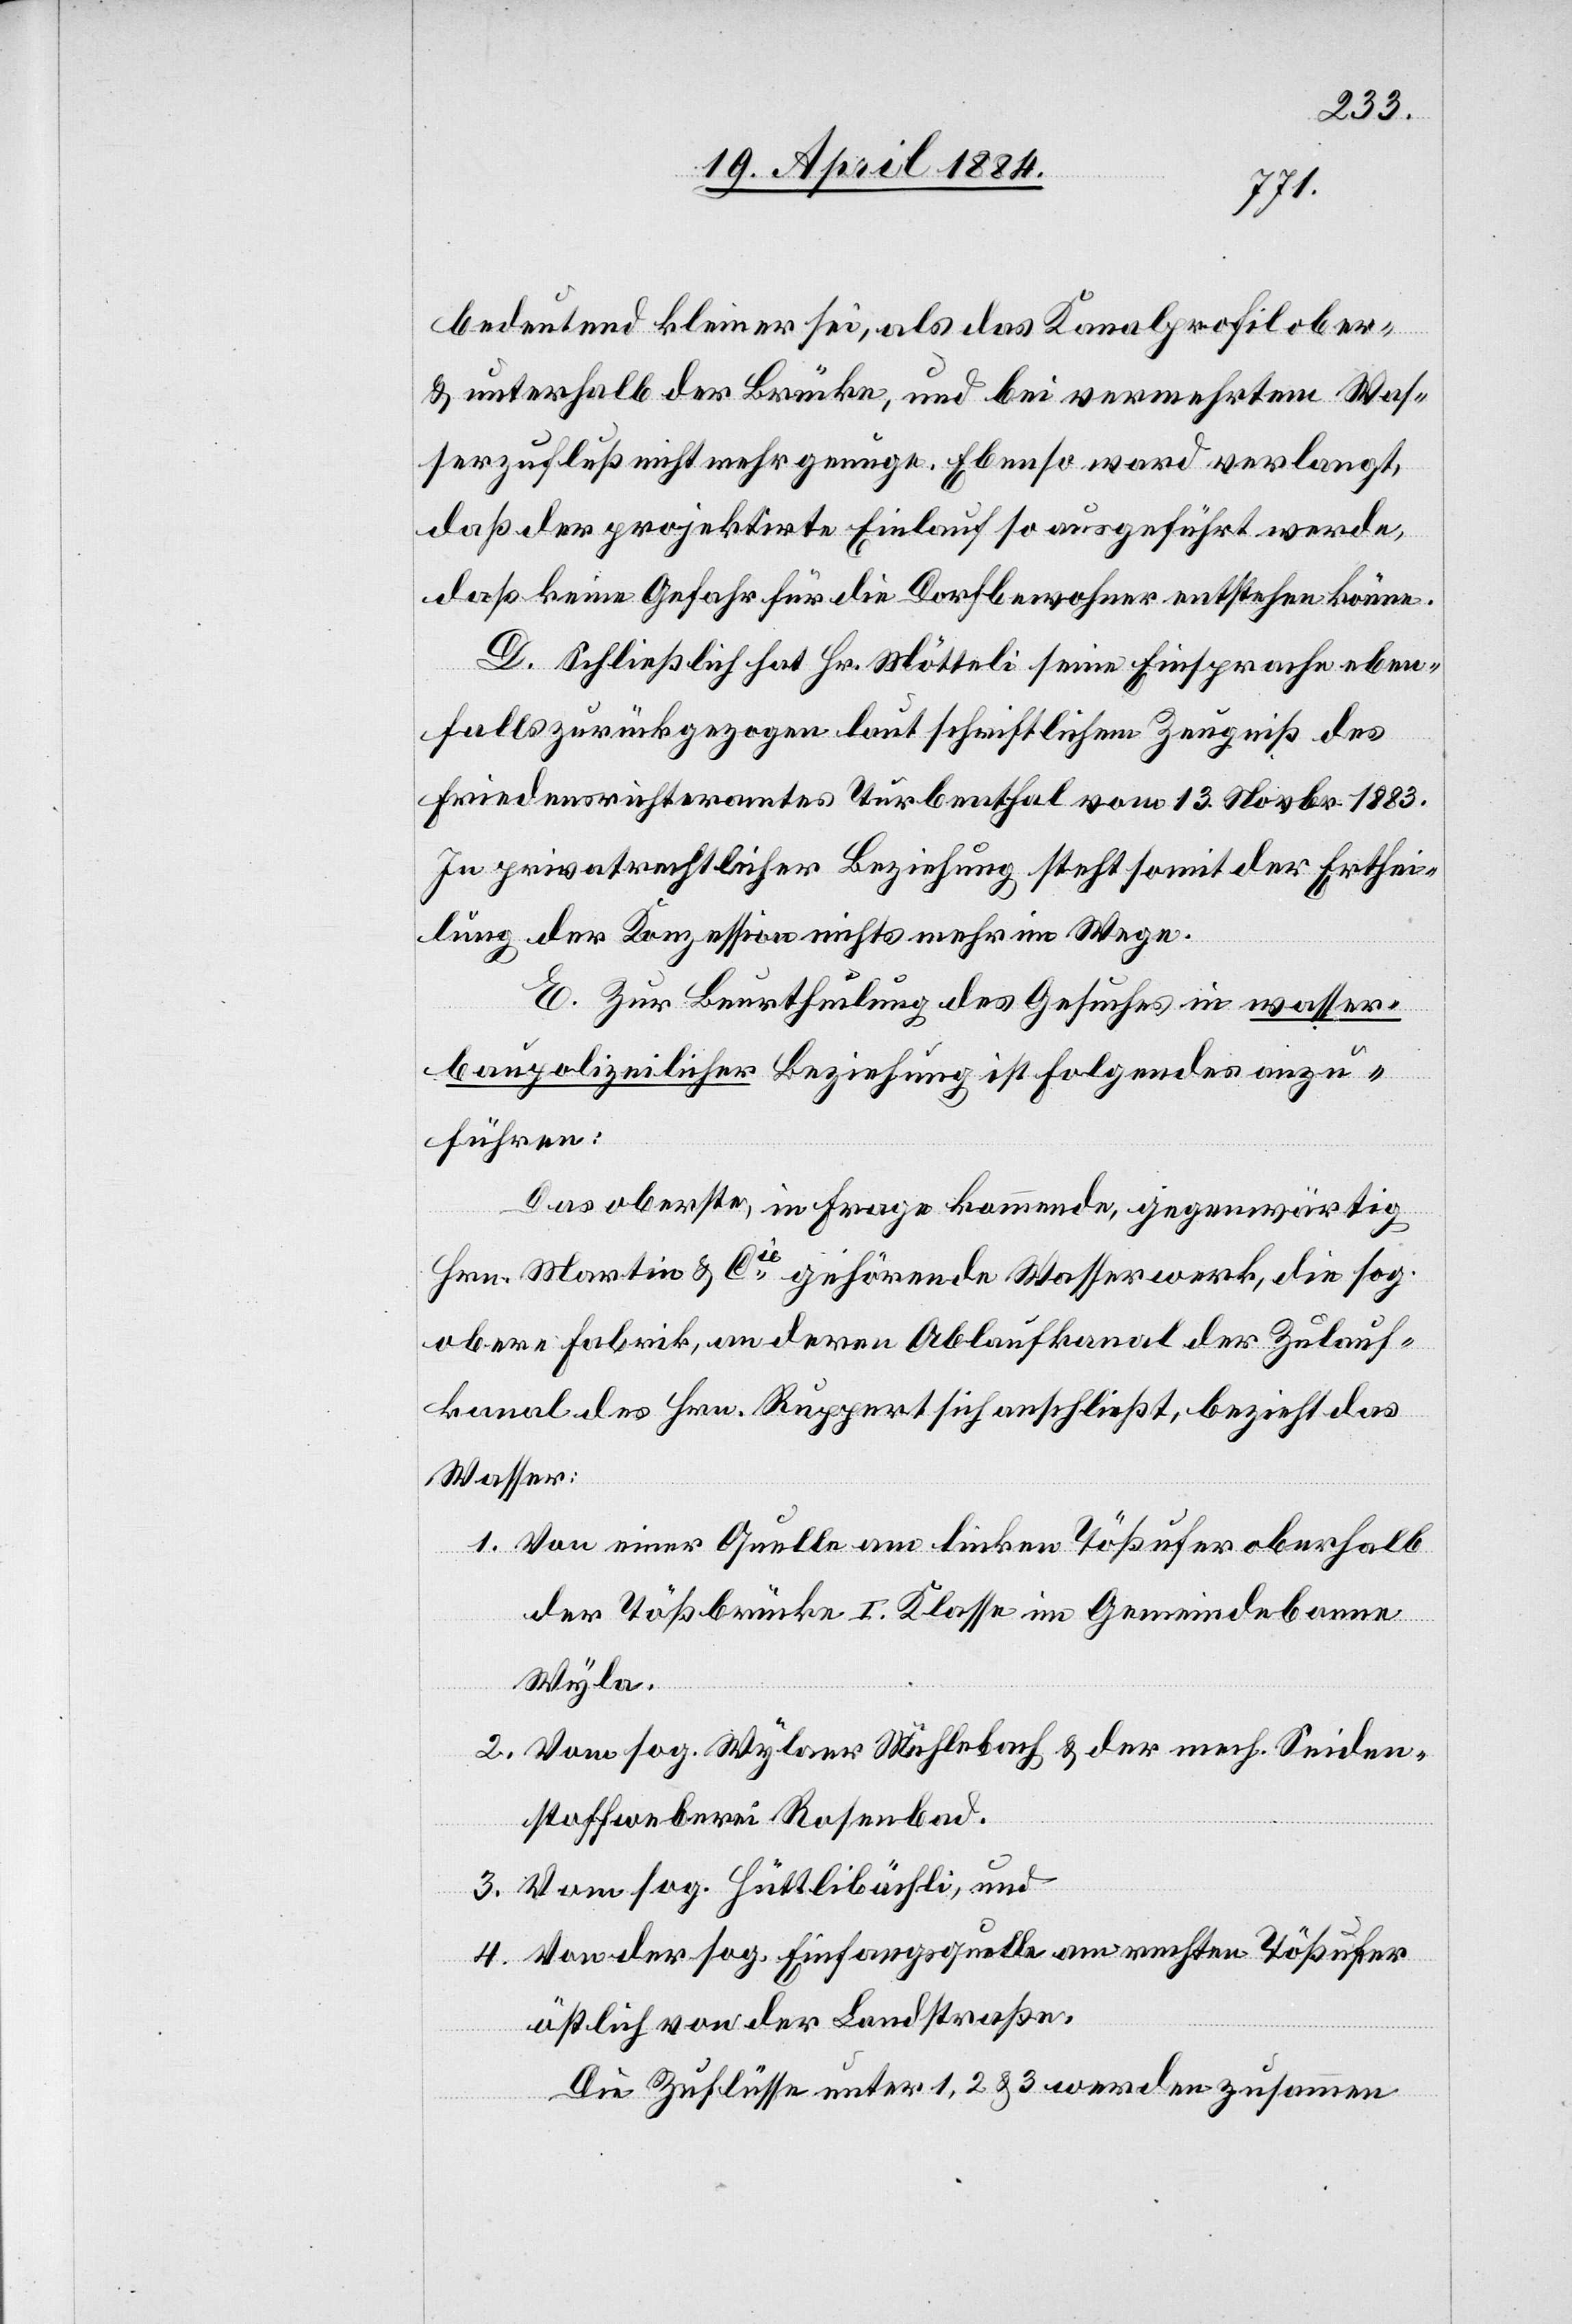
bedeutend kleiner sei, als das Kanalprofil ober-
& unterhalb der Brücke, und bei vermehrtem Was¬
serzufluß nicht mehr genüge. Ebenso ward verlangt,
daß der projektirte Einlauf so ausgeführt werde,
daß keine Gefahr für die Dorfbewohner entstehen werde.
D. Schließlich hat Hr. Mötteli seine Einsprache eben¬
falls zurückgezogen laut schriftlichem Zeugniß des
Friedensrichteramtes Turbenthal vom 13. Novbr. 1883.
In privatrechtlicher Beziehung steht somit der Erthei¬
lung der Konzession nichts mehr im Wege.
E. Zur Beurtheilung des Gesuches in wasser¬
baupolizeilicher Beziehung ist folgendes anzu¬
führen:
Das oberste, in Frage kommende, gegenwärtig
Hrn. Martin & Cie gehörende Wasserwerk, die sog.
obere Fabrik, an deren Ablaufkanal der Zulauf¬
kanal des Hrn. Ruppert sich anschließt, bezieht das
Wasser:
1. Von einer Quelle am linken Tößufer oberhalb
der Tößbrücke I. Klasse im Gemeindebanne
Wyla.
2. Vom sog. Wylaer Mühlebach & der mech. Seiden¬
stoffweberei Rosenbad.
3. Vom sog. Hüttlibächli, und
4. Von der sog. Einfangsquelle am rechten Tößufer
östlich von der Landstraße.
Die Zuflüsse unter 1, 2 & 3 werden zusammen